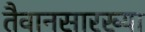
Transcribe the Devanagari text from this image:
तैवानसारख्या